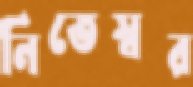
নিতেস্বর